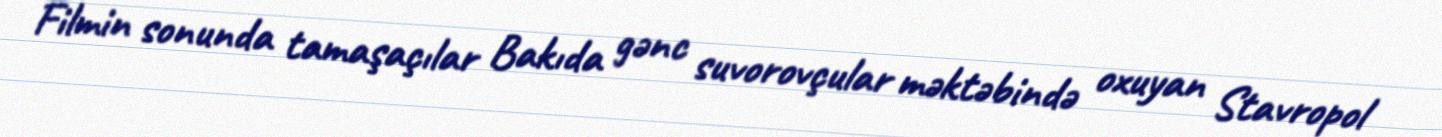
Filmin sonunda tamaşaçılar Bakıda gənc suvorovçular məktəbində oxuyan Stavropol